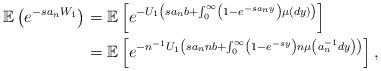
LaTeX: \begin{align*}\mathbb{E}\left(e^{-sa_{n}W_{1}}\right) & =\mathbb{E}\left[e^{-U_{1}\left(sa_{n}b+\int_{0}^{\infty}\left(1-e^{-sa_{n}y}\right)\mu\left(dy\right)\right)}\right] \\ & =\mathbb{E}\left[e^{-n^{-1}U_{1}\left(sa_{n}nb+\int_{0}^{\infty}\left(1-e^{-sy}\right)n\mu\left(a_{n}^{-1}dy\right)\right)}\right],\end{align*}